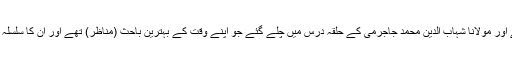
لیکن جامی 40 دن میں ہی اُن سے مستغنی ہو گئے اور مولانا شہاب الدین محمد جاجرمی کے حلقہ درس میں چلے گئے جو اپنے وقت کے بہترین باحث (مناظر) تھے اور اُن کا سلسلہ تلمذ حضرت مولانا سعد الدین تفتازانی تک ملتا تھا۔